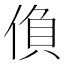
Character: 偩